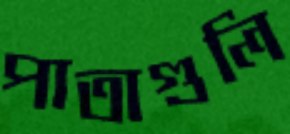
পাতাগুলি